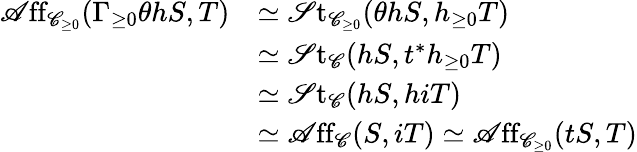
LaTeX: \begin{array}{rl}{\mathscr{A}\mathrm{ff}_{\mathscr{C}_{\geq 0}}(\Gamma_{\geq 0}\theta hS,T)}&{\simeq\mathscr{S}\mathrm{t}_{\mathscr{C}_{\geq 0}}(\theta hS,h_{\geq 0}T)}\\ &{\simeq\mathscr{S}\mathrm{t}_{\mathscr{C}}(hS,t^{*}h_{\geq 0}T)}\\ &{\simeq\mathscr{S}\mathrm{t}_{\mathscr{C}}(hS,hiT)}\\ &{\simeq\mathscr{A}\mathrm{ff}_{\mathscr{C}}(S,iT)\simeq\mathscr{A}\mathrm{ff}_{\mathscr{C}_{\geq 0}}(tS,T)}\end{array}